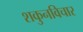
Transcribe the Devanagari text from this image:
शकुनविचार